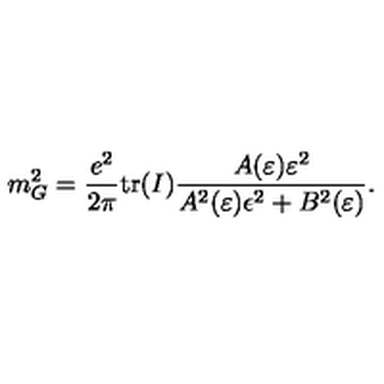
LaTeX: m _ { G } ^ { 2 } = \frac { e ^ { 2 } } { 2 \pi } \mathrm { t r } ( I ) \frac { A ( \varepsilon ) \varepsilon ^ { 2 } } { A ^ { 2 } ( \varepsilon ) \epsilon ^ { 2 } + B ^ { 2 } ( \varepsilon ) } .